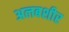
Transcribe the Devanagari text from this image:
अलबशीर